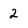
Character: 2